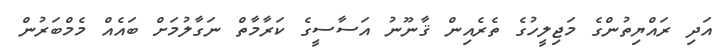
އަދި ރައްޔިތުންގެ މަޖިލީހުގެ ތެރެއިން ޤާނޫނު އަސާސީގެ ކަރާމާތް ނަގާލުމަށް ބައެއް މެމްބަރުން